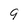
Character: 9